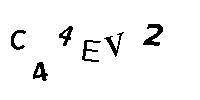
C44EV2